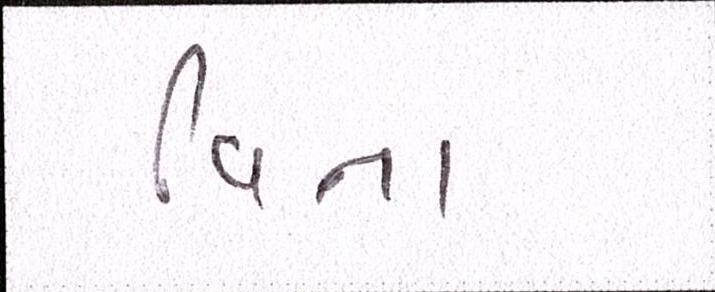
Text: વિના